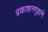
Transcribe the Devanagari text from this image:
प्रकाशनगृहाने